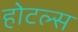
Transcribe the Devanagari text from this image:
होटल्‍स